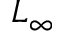
L _ { \infty }